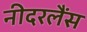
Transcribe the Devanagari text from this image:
नीदरलैंस